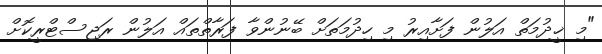
"މި ޚީދުމަތް އަލުން ފަށާއިރު މި ހިދުމަތަށް ބޭނުންވާ ފަރާތްތައް އަލުން ރަޖިސްޓްރީކޮށް